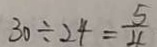
3 0 \div 2 4 = \frac { 5 } { 4 }